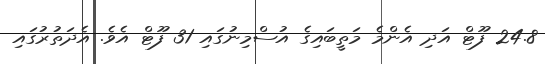
24.8 ފޫޓް އަދި އެންމެ މަތީބައިގެ އުސްމިނުގައި 31 ފޫޓް އެވެ. އެދަތުރުގައި